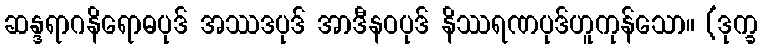
ဆန္ဒရာဂနိရောဓပုဒ် အဿဒပုဒ် အာဒီနဝပုဒ် နိဿရဏပုဒ်ဟူကုန်သော။ (ဒုက္ခ